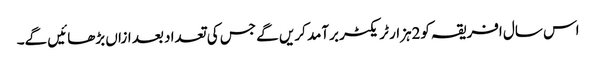
اس سال افریقہ کو2ہزار ٹریکٹر برآمد کریں گے جس کی تعداد بعد ازاں بڑھائیں گے۔